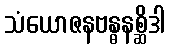
သံယောဇနဗန္ဓနစ္ဆိဒါ